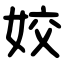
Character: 姣